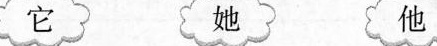
它 她 他